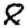
Digit: 8